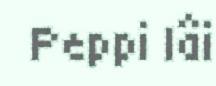
Peppi lâi